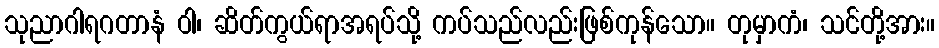
သုညာဂါရဂတာနံ ဝါ၊ ဆိတ်ကွယ်ရာအရပ်သို့ ကပ်သည်လည်းဖြစ်ကုန်သော။ တုမှာကံ၊ သင်တို့အား။